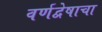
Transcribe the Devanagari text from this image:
वर्णद्वेषाचा